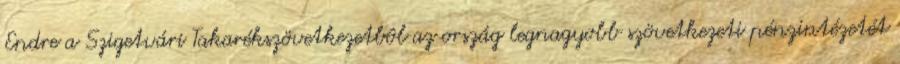
Endre a Szigetvári Takarékszövetkezetbôl az ország legnagyobb szövetkezeti pénzintézetét